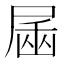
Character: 𰍿